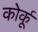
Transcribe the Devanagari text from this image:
कोर्कू